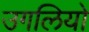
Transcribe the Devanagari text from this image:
उगलियो